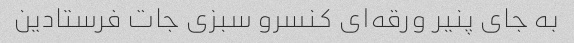
به جای پنیر ورقه‌ای کنسرو سبزی جات فرستادین